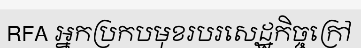
RFA អ្នកប្រកបមុខរបរសេដ្ឋកិច្ចក្រៅ